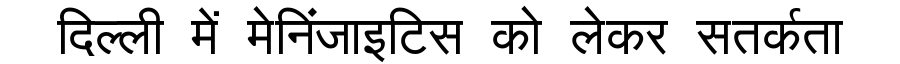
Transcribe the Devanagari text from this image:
दिल्ली में मेनिंजाइटिस को लेकर सतर्कता